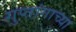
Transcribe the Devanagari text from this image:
गुप्तांगाच्या